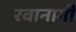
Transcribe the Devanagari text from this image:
रवानागी